Vaccination in Bombay 1874-1876 - 1874-1876
Year: 1874
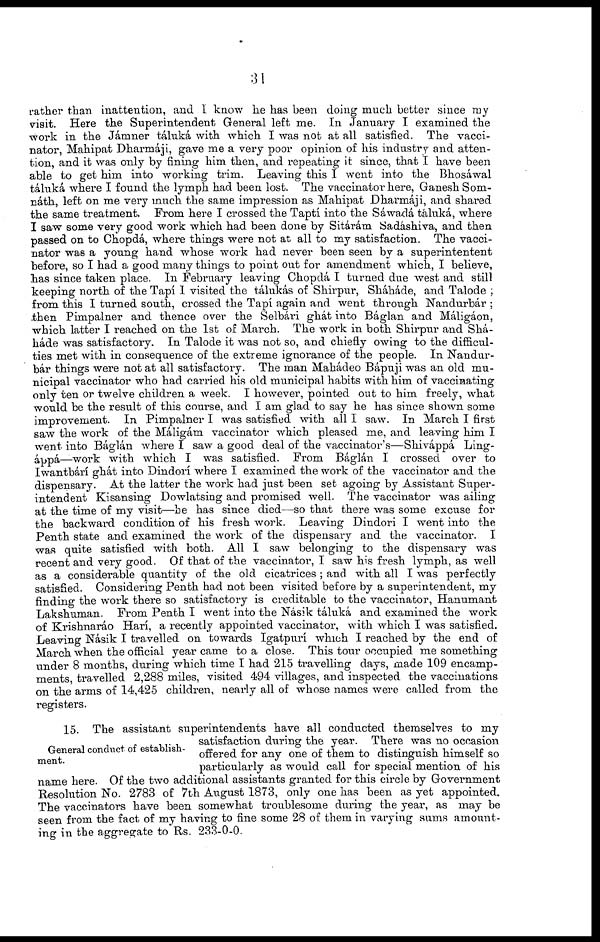
31
rather than inattention, and I know he has been doing much better since my
visit. Here the Superintendent General left me. In January I examined the
work in the Jámner táluká with which I was not at all satisfied. The vacci¬
nator, Mahipat Dharmáji, gave me a very poor opinion of his industry and atten-
tion, and it was only by fining him then, and repeating it since, that I have been
able to get him into working trim. Leaving this I went into the Bhosáwal
táluká where I found the lymph had been lost. The vaccinator here, Ganesh Som¬
náth, left on me very much the same impression as Mahipat Dharmáji, and shared
the same treatment. From here I crossed the Taptí into the Sáwadá táluká, where
I saw some very good work which had been done by Sitárám Sadáshiva, and then
passed on to Chopdá, where things were not at all to my satisfaction. The vacci-
nator was a young hand whose work had never been seen by a superintentent
before, so I had a good many things to point out for amendment which, I believe,
has since taken place. In February leaving Chopdá I turned due west and still
keeping north of the Tapí I visited the tálukás of Shirpur, Sháháde, and Talode ;
from this I turned south, crossed the Tapí again and went through Nandurbár ;
then Pimpalner and thence over the Selbári ghát into Báglan and Máligáon,
which latter I reached on the 1st of March. The work in both Shirpur and Shá-
háde was satisfactory. In Talode it was not so, and chiefly owing to the difficul-
ties met with in consequence of the extreme ignorance of the people. In Nandur¬
bár things were not at all satisfactory. The man Mahádeo Bápuji was an old mu-
nicipal vaccinator who had carried his old municipal habits with him of vaccinating
only ten or twelve children a week. I however, pointed out to him freely, what
would be the result of this course, and I am glad to say he has since shown some
improvement. In Pimpalner I was satisfied with all I saw. In March I first
saw the work of the Máligám vaccinator which pleased me, and leaving him I
went into Báglán where I saw a good deal of the vaccinator's—Shiváppá Ling¬
áppá—work with which I was satisfied. From Báglán I crossed over to
Iwantbárí ghát into Dindorí where I examined the work of the vaccinator and the
dispensary. At the latter the work had just been set agoing by Assistant Super-
intendent Kisansing Dowlatsing and promised well. The vaccinator was ailing
at the time of my visit—he has since died—so that there was some excuse for
the backward condition of his fresh work. Leaving Dindori I went into the
Penth state and examined the work of the dispensary and the vaccinator. I
was quite satisfied with both. All I saw belonging to the dispensary was
recent and very good. Of that of the vaccinator, I saw his fresh lymph, as well
as a considerable quantity of the old cicatrices ; and with all I was perfectly
satisfied. Considering Penth had not been visited before by a superintendent, my
finding the work there so satisfactory is creditable to the vaccinator, Hanumant
Lakshuman. From Penth I went into the Násik táluká and examined the work
of Krishnaráo Harí, a recently appointed vaccinator, with which I was satisfied.
Leaving Násik I travelled on towards Igatpurí which I reached by the end of
March when the official year came to a close. This tour occupied me something
under 8 months, during which time I had 215 travelling days, made 109 encamp-
ments, travelled 2,288 miles, visited 494 villages, and inspected the vaccinations
on the arms of 14,425 children, nearly all of whose names were called from the
registers.
General conduct of establish-
ment.
15. The assistant superintendents have all conducted themselves to my
satisfaction during the year. There was no occasion
offered for any one of them to distinguish himself so
particularly as would call for special mention of his
name here. Of the two additional assistants granted for this circle by Government
Resolution No. 2783 of 7th August 1873, only one has been as yet appointed.
The vaccinators have been somewhat troublesome during the year, as may be
seen from the fact of my having to fine some 28 of them in varying sums amount-
ing in the aggregate to Rs. 233-0-0.